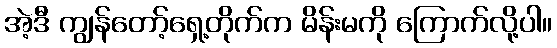
အဲ့ဒီ ကျွန်တော့်ရှေ့တိုက်က မိန်းမကို ကြောက်လို့ပါ။